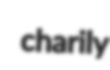
charily